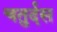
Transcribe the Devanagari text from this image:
चतुर्दस